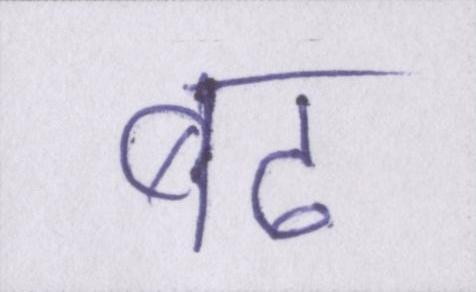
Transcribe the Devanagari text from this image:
बढ